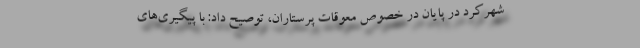
شهرکرد در پایان در خصوص معوقات پرستاران، توصیح داد: با پیگیری‌های